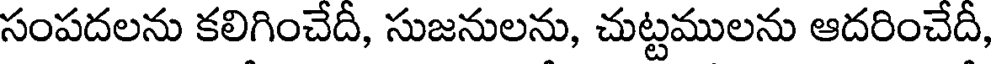
సంపదలను కలిగించేదీ, సుజనులను, చుట్టములను ఆదరించేదీ,